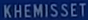
KHEMISSET